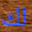
لك